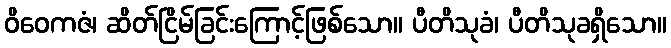
ဝိဝေကဇံ၊ ဆိတ်ငြိမ်ခြင်းကြောင့်ဖြစ်သော။ ပီတိသုခံ၊ ပီတိသုခရှိသော။